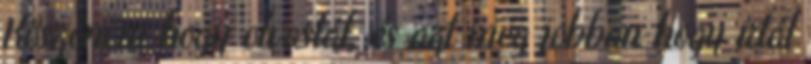
Köszönöm hogy olvastál, és azt még jobban hogy írtál